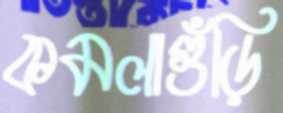
কমলাগুঁড়ি